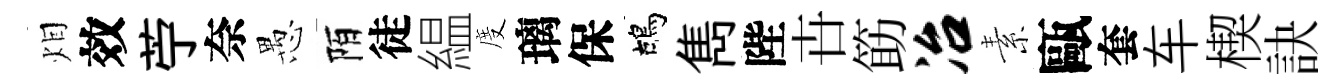
𤇆效苧奈愚陌徒緼度璃保鴣雋陛卋筯冶素甌套车楔訣